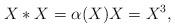
LaTeX: \begin{gather*}X\ast X=\alpha (X) X=X^{3},\end{gather*}